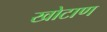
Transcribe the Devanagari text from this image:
खोटाण